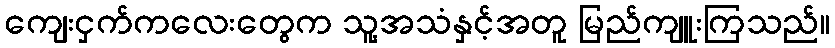
ကျေးငှက်ကလေးတွေက သူ့အသံနှင့်အတူ မြည်ကျူးကြသည်။